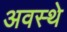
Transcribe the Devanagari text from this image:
अवस्थे